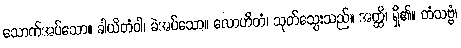
သောက်အပ်သော။ ခါယိတံဝါ၊ ခဲအပ်သော။ လောဟိတံ၊ သုတ်သွေးသည်။ အတ္ထိ၊ ရှိ၏။ တံသဗ္ဗံ၊